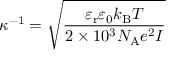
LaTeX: \kappa ^ { - 1 } = { \sqrt { \frac { \varepsilon _ { \mathrm { { r } } } \varepsilon _ { 0 } k _ { \mathrm { { B } } } T } { 2 \times 1 0 ^ { 3 } N _ { \mathrm { { A } } } e ^ { 2 } I } } }